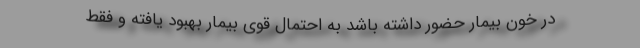
در خون بیمار حضور داشته باشد به احتمال قوی بیمار بهبود یافته و فقط